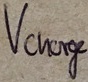
Text: Vcharge